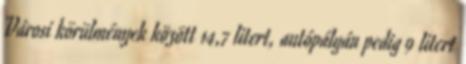
Városi körülmények között 14,7 litert, autópályán pedig 9 litert